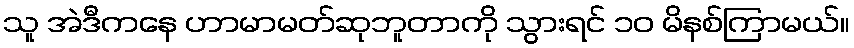
သူ အဲဒီကနေ ဟာမာမတ်ဆုဘူတာကို သွားရင် ၁၀ မိနစ်ကြာမယ်။